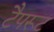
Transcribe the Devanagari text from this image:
टैपरूट